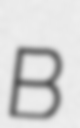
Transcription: B